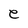
Character: e